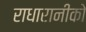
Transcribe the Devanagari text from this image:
राधारानीको